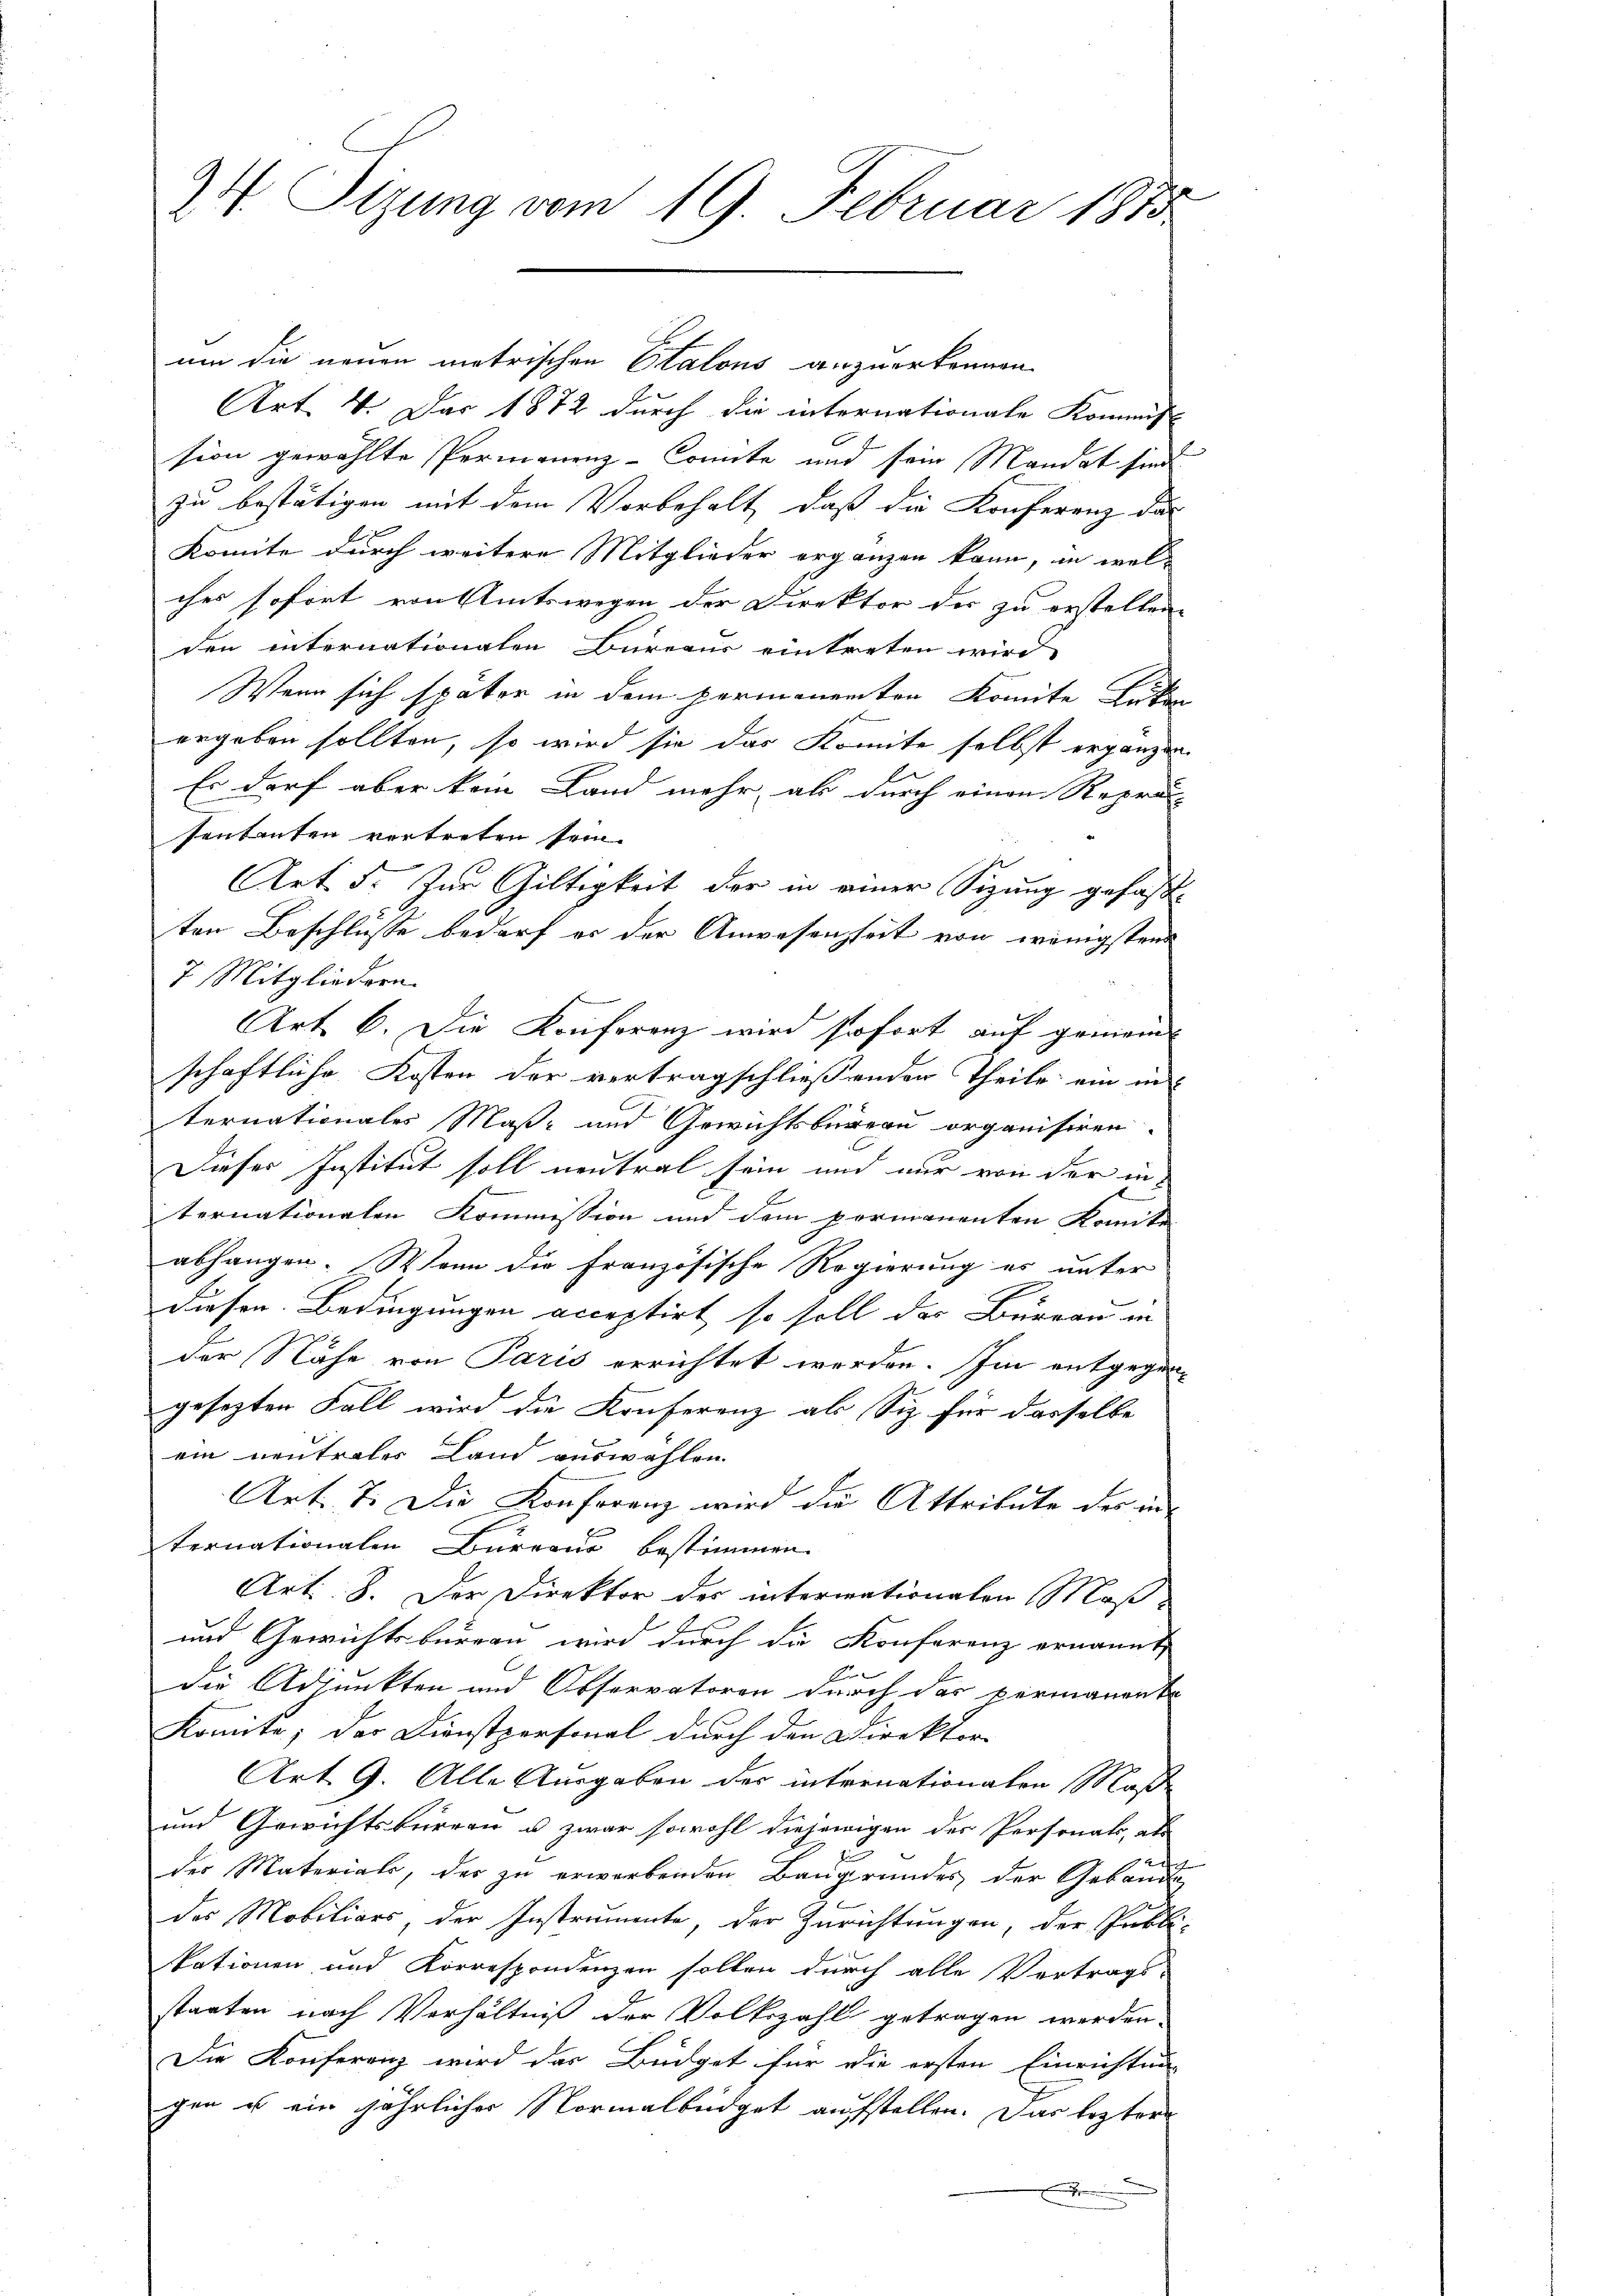
24 Sizung vom 19. Februar 1873

um die neuen metrischen Etatons anzuerkennen.
Art. 4. Dar 1872 durch die internationale Kommiss
sion gewählte Permanenz-Comite und sein Mandat sind
zu bestätigen mit dem Vorbehalt, daß die Konferenz das
Komite durch weitere Mitglieder ergänzen kann, in wel-
ches sofort von Amtswegen der Direktor der zu erstellen.
den internationalen Bureaus eintreten wird
Wenn sich später in dem permanenten Komite Lücken
ergeben sollten, so wird sie das Komite selbst ergänzen
Es darf aber kein Land mehr als durch einen Reprä-
sentanten vortreten sein.
AArt. 5. Zur Gültigkeit der in einer Sitzung gefaßten Beschlüsse bedarf es der Anwesenheit von wenigstens
7. Mitgliedern.
Art. 6. Die Konferenz wird sofort auf gemeine
schaftliche Kosten der vertragschließenden Theile ein in
ternationales Maß- und Gewichtsbureau organisiren.
Dieser Institut soll neutral sein und nur von der in
ternationalen Kommission und dem permanenten Komite
abhangen. Wenn die Französische Regierung es unter
E
diesen Bedingungen acceptirt so soll des Bernau in
der Nähe von Paris errichtet werden. Im entgegengesezten Fall wird die Konferenz als Siz für dasselbe
ein neutrales Land auswahlen.
Art. 7. Die Konferenz wird die Attribute des in
ternationalen Bureaus bestimmen.
Art: 8. Der Direktor des intermationalen Maß-
und Gewichtsbureau wird durch die Konferenz ernannt,
die Adjunkten und Observatoren durch das permanente
Komite; der Dienstpersonal durch den Direktor
Art. 9. Alle Ausgaben der internationalen Maße
und Gewichtsbüreau u. zwar sowohl diejenigen der Personats, als
der Materiale, der zu erworbenden Baugrundes der Gebäude
des Mobiliars, der Instrumente, der Zurichtungen, der Publi-
ationen und Korrespondenzen sollen durch alle Vertrags-
staaten nach Verhältniß der Volkszahl getragen werden.
Die Konferenz wird das Büdget für die ersten Einrichtung
gen es ein jährlicher Normalbüdget aufstellen. Das leztere
.